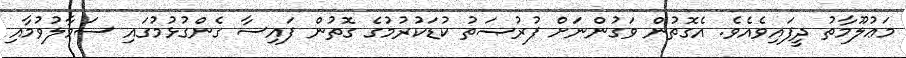
މަޢުލޫމާތު ދީފައިވެއެވެ. އެގޮތުން ވަގުންނަށް ފުރުޞަތު ކުޑަކުރުމުގެ ގޮތުން ފައިސާ ގެންގުޅުމުގައި ސަމާލުވުމާއި